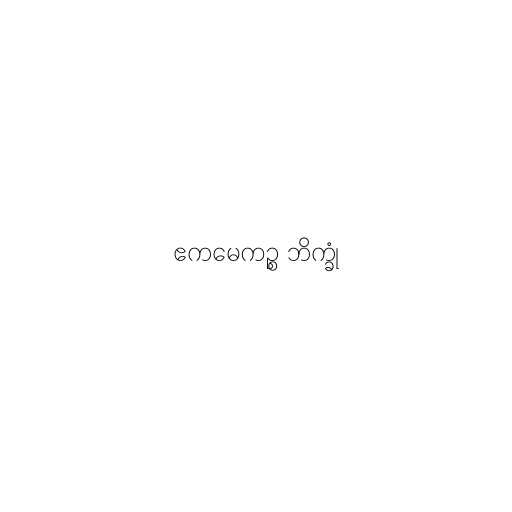
ဧကမေကဉ္စ ဘိက္ခုံ